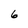
Character: 6